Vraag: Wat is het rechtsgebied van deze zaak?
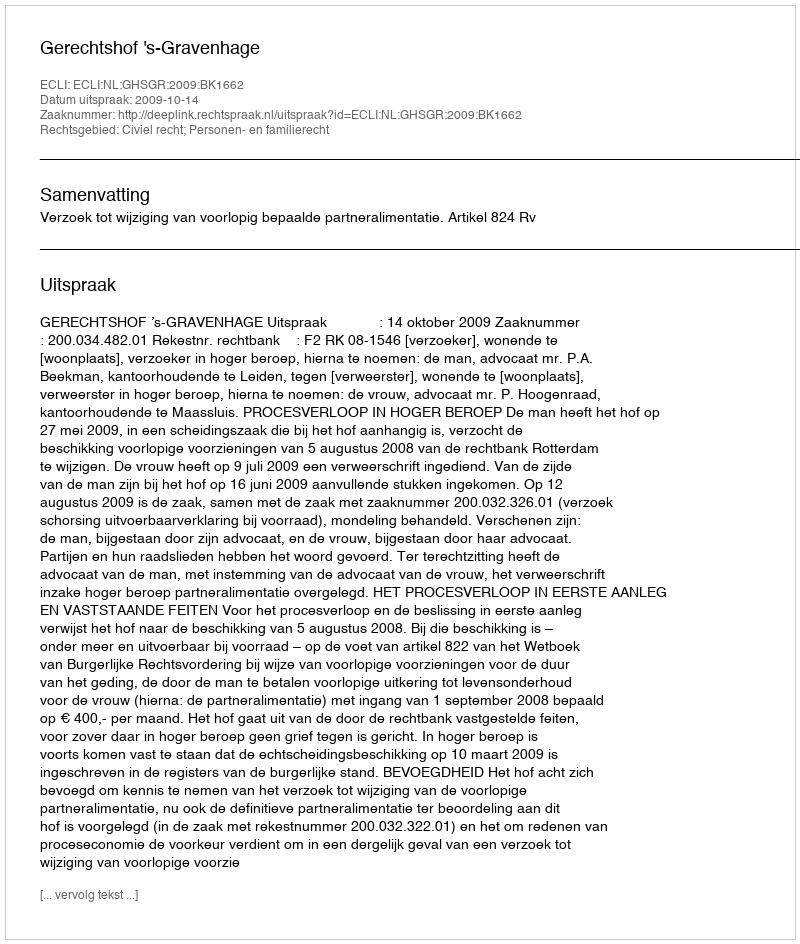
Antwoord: Civiel recht; Personen- en familierecht